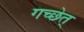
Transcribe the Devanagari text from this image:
गच्छेत्